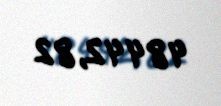
48442,82